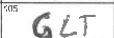
Transcription: GLT